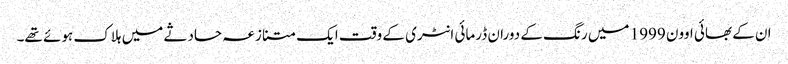
ان کے بھائی اوون 1999 میں رنگ کے دوران ڈرمائی انٹری کے وقت ایک متنازعہ حادثے میں ہلاک ہوئے تھے۔